Rangoon Lunatic Asylum 1878-1892 - 1878-1892
Year: 1878
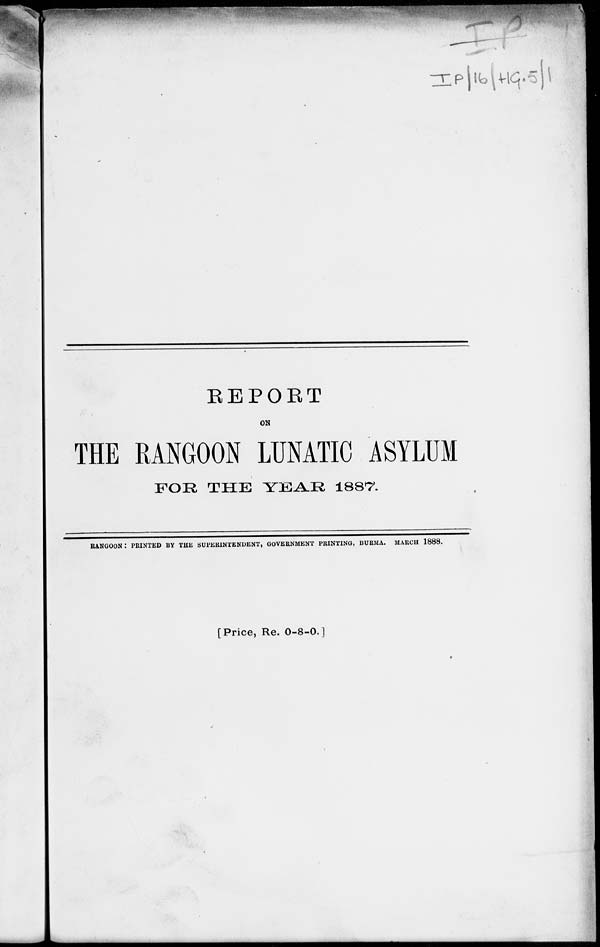
REPORT
ON
THE RANGOON LUNATIC ASYLUM
FOR THE YEAR 1887.
RANGOON: PRINTED BY THE SUPERINTENDENT, GOVERNMENT PRINTING, BURMA. MARCH 1888.
[Price, Re. 0-8-0.]